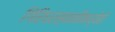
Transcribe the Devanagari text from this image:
गिरिधरस्वामींमध्येही